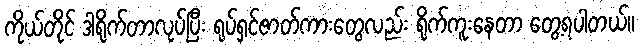
ကိုယ်တိုင် ဒါရိုက်တာလုပ်ပြီး ရုပ်ရှင်ဇာတ်ကားတွေလည်း ရိုက်ကူးနေတာ တွေ့ရပါတယ်။